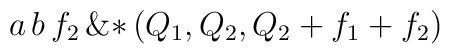
{a}\,{b}\,{{f}_{2}}\,{\rm \&*} \left( \! \,{{Q}_{1}}, {{Q}_{2}},{{Q}_{2}} + {{f}_{1}} + {{f}_{2}}\, \!  \right)